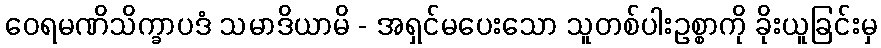
ဝေရမဏိသိက္ခာပဒံ သမာဒိယာမိ - အရှင်မပေးသော သူတစ်ပါးဥစ္စာကို ခိုးယူခြင်းမှ